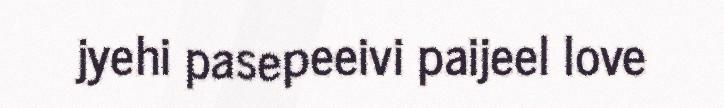
jyehi pasepeeivi paijeel love